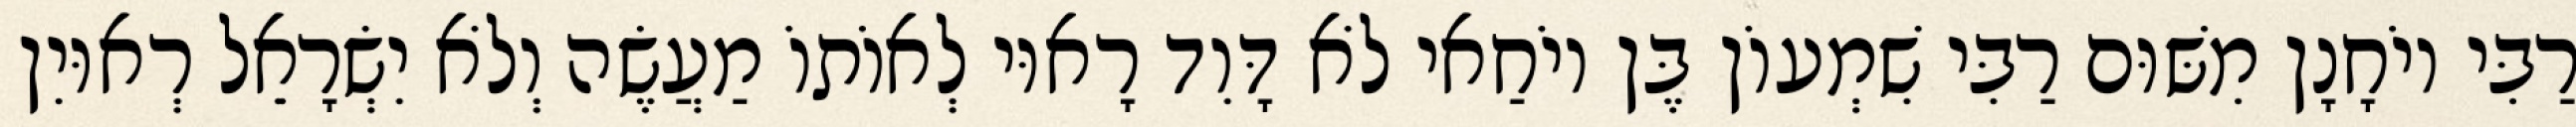
רַבִּי יוֹחָנָן מִשּׁוּם רַבִּי שִׁמְעוֹן בֶּן יוֹחַאי לֹא דָּוִד רָאוּי לְאוֹתוֹ מַעֲשֶׂה וְלֹא יִשְׂרָאֵל רְאוּיִן